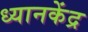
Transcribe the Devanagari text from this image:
ध्यानकेंद्र